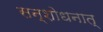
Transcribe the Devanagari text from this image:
सन्शोधनात्